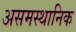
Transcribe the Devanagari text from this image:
असमस्थानिक